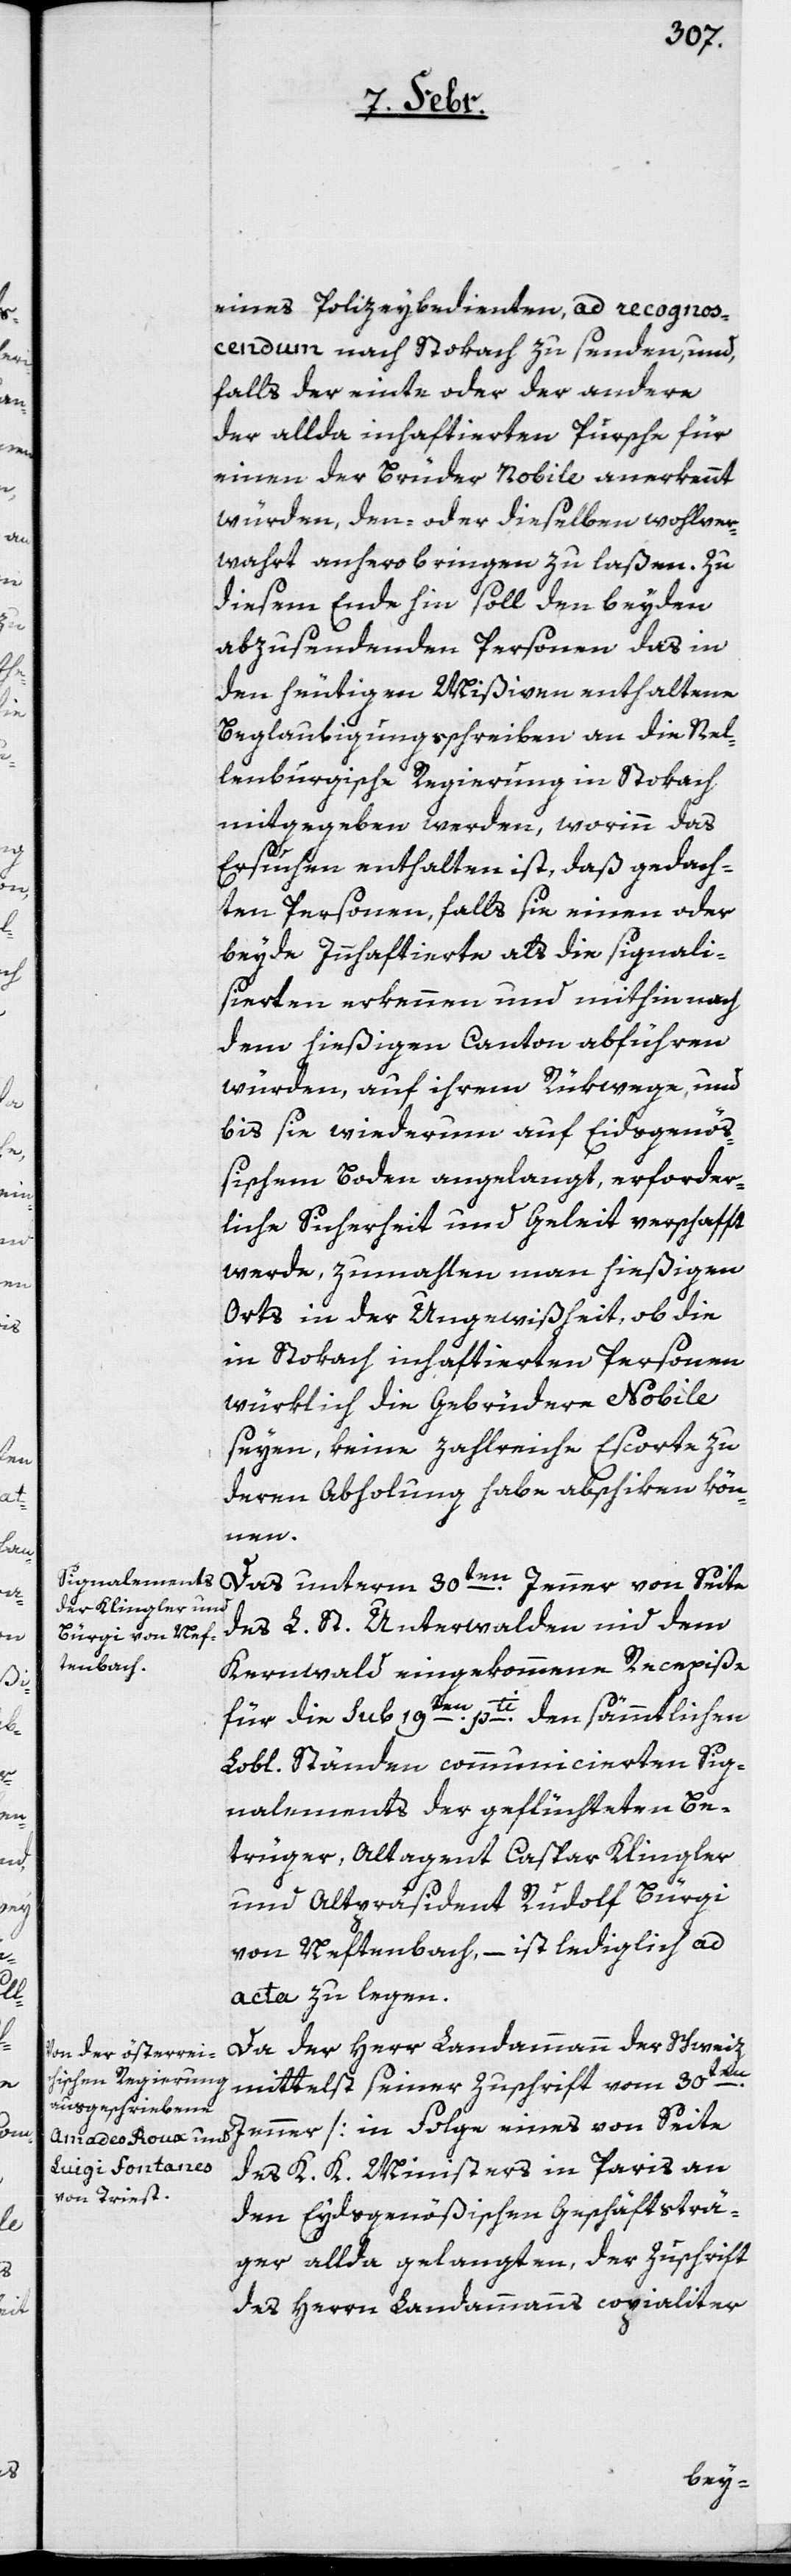
eines Polizeybedienten, ad recognos¬
cendum nach Stokach zu senden, und,
falls der einte oder der andere
der allda inhaftierten Pursche für
einen der Brüder Nobile anerkennt
würden, den- oder dieselben wohlver¬
wahrt anhero bringen zu laßen. Zu
diesem Ende hin soll den beyden
abzusendenden Personen das in
den heutigen Mißiven enthaltene
Beglaubigungsschreiben an die Nel¬
lenburgische Regierung in Stokach
mitgegeben werden, worinn das
Ersuchen enthalten ist, daß gedach¬
ten Personen, falls sie einen oder
beyde Innhaftierte als die signali¬
sierten erkennen und mithin nach
dem hießigen Canton abführen
würden, auf ihrem Rükwege, und
bis sie wiederum auf Eidsgenöß¬
ischem Boden angelangt, erforder¬
liche Sicherheit und Geleit verschafft
werde, zumahlen man hießigen
Orts in der Ungewißheit, ob die
in Stokach inhaftierten Personen
würklich die Gebrüdere Nobile
seyen, keine zahlreiche Escorte zu
deren Abholung habe abschiken kön¬
nen.
Das unterm 30ten. Jenner von Seite
des L. St. Unterwalden nid dem
Kernwald eingekommene Recepiße
für die sub 19ten. pti. den sämmtlichen
Lobl. Ständen communicierten Sig¬
nalements der geflüchteten Be¬
trüger, Altagent Caspar Klingler
und Altpräsident Rudolf Bürgi
von Neftenbach,– ist lediglich ad
acta zu legen.
Da der Herr Landammann der Schweiz
mittelst seiner Zuschrift vom 30ten.
Jenner [in Folge eines von Seite
des K. K. Ministers in Paris an
den Eydsgenößischen Geschäftsträ¬
ger allda gelangten, der Zuschrift
des Herrn Landammanns copialiter